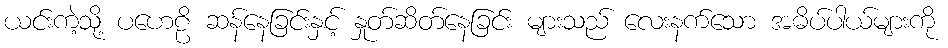
ယင်းကဲ့သို့ ပဟေဠိ ဆန်နေခြင်းနှင့် နှုတ်ဆိတ်နေခြင်း များသည် လေးနက်သော အဓိပ်ပာယ်များကို